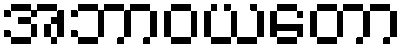
အဘာဝယတော